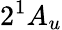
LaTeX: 2^{1}A_{u}